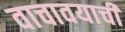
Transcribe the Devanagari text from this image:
वाचावयाचीं